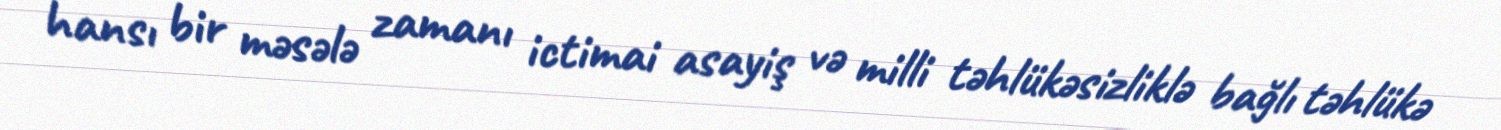
hansı bir məsələ zamanı ictimai asayiş və milli təhlükəsizliklə bağlı təhlükə